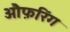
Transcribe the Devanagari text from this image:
औफ़रिंग